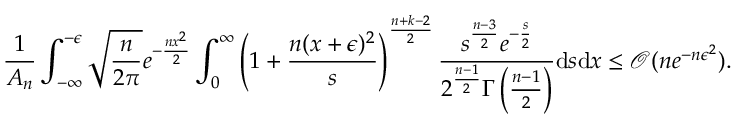
\frac { 1 } { A _ { n } } \int _ { - \infty } ^ { - \epsilon } \sqrt { \frac { n } { 2 \pi } } e ^ { - \frac { n x ^ { 2 } } { 2 } } \int _ { 0 } ^ { \infty } \left( 1 + \frac { n ( x + \epsilon ) ^ { 2 } } { s } \right) ^ { \frac { n + k - 2 } { 2 } } \frac { s ^ { \frac { n - 3 } { 2 } } e ^ { - \frac { s } { 2 } } } { 2 ^ { \frac { n - 1 } { 2 } } \Gamma \left( \frac { n - 1 } { 2 } \right) } \mathrm { d } s \mathrm { d } x \leq \mathcal { O } ( n e ^ { - n \epsilon ^ { 2 } } ) .